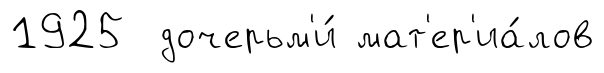
1925 дочерьм'и́ мат'ер'иа́лов